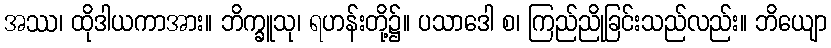
အဿ၊ ထိုဒါယကာအား။ ဘိက္ခူသု၊ ရဟန်းတို့၌။ ပသာဒေါ စ၊ ကြည်ညိုခြင်းသည်လည်း။ ဘိယျော